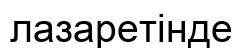
лазаретінде